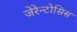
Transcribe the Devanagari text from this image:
जेरेन्टोसिस